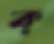
ক্